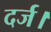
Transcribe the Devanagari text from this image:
दर्ज।